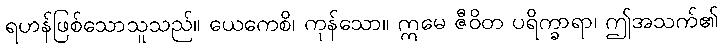
ရဟန်ဖြစ်သောသူသည်။ ယေကေစိ၊ ကုန်သော။ ဣမေ ဇီဝိတ ပရိက္ခာရာ၊ ဤအသက်၏